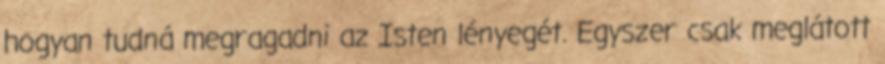
hogyan tudná megragadni az Isten lényegét. Egyszer csak meglátott